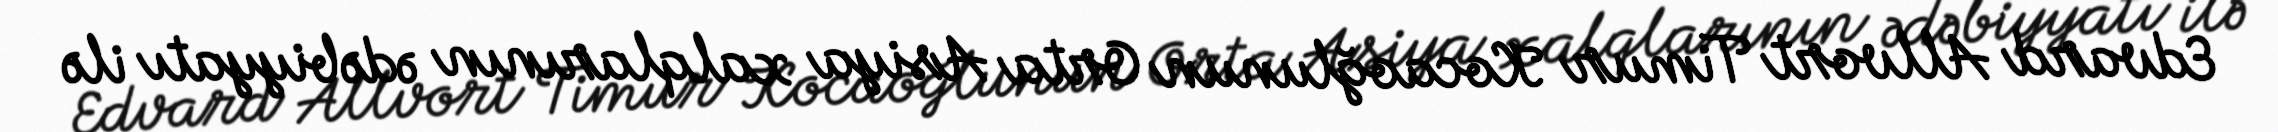
Edvard Allvort Timur Kocaoğlunun Orta Asiya xalqlarının ədəbiyyatı ilə